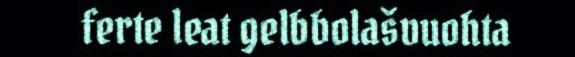
ferte leat gelbbolašvuohta